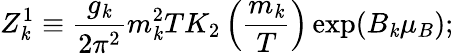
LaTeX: Z_{\mathit{k}}^{1}\equiv{\frac{{g_{\mathit{k}}}}{{2\pi^{2}}}}m_{\mathit{k}}^{2}TK_{2}\left({\frac{{m_{\mathit{k}}}}{{T}}}\right)\exp(B_{\mathit{k}}\mu_{B});